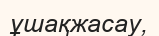
ұшақжасау,